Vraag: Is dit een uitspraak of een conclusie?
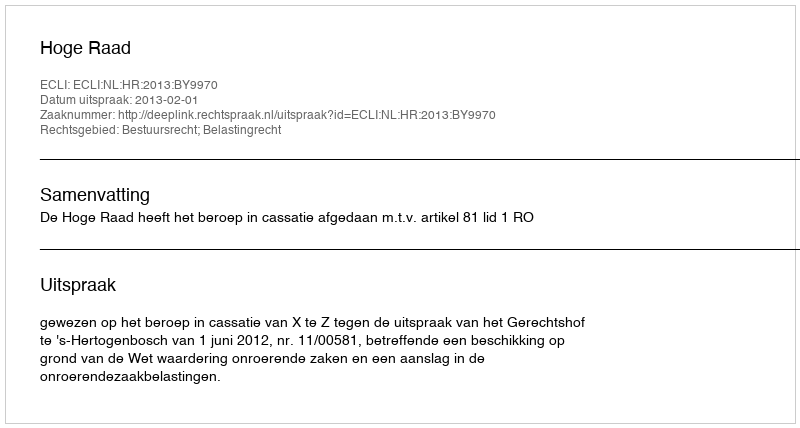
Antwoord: Uitspraak